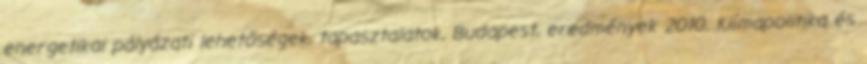
energetikai pályázati lehetőségek, tapasztalatok, Budapest, eredmények 2010. Klímapolitika és